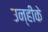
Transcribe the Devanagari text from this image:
उन्हीके